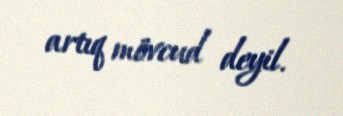
artıq mövcud deyil.